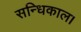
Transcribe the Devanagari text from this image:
सन्धिकाल।